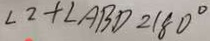
\angle 2 + \angle A B D = 1 8 0 ^ { \circ }